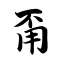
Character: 甭